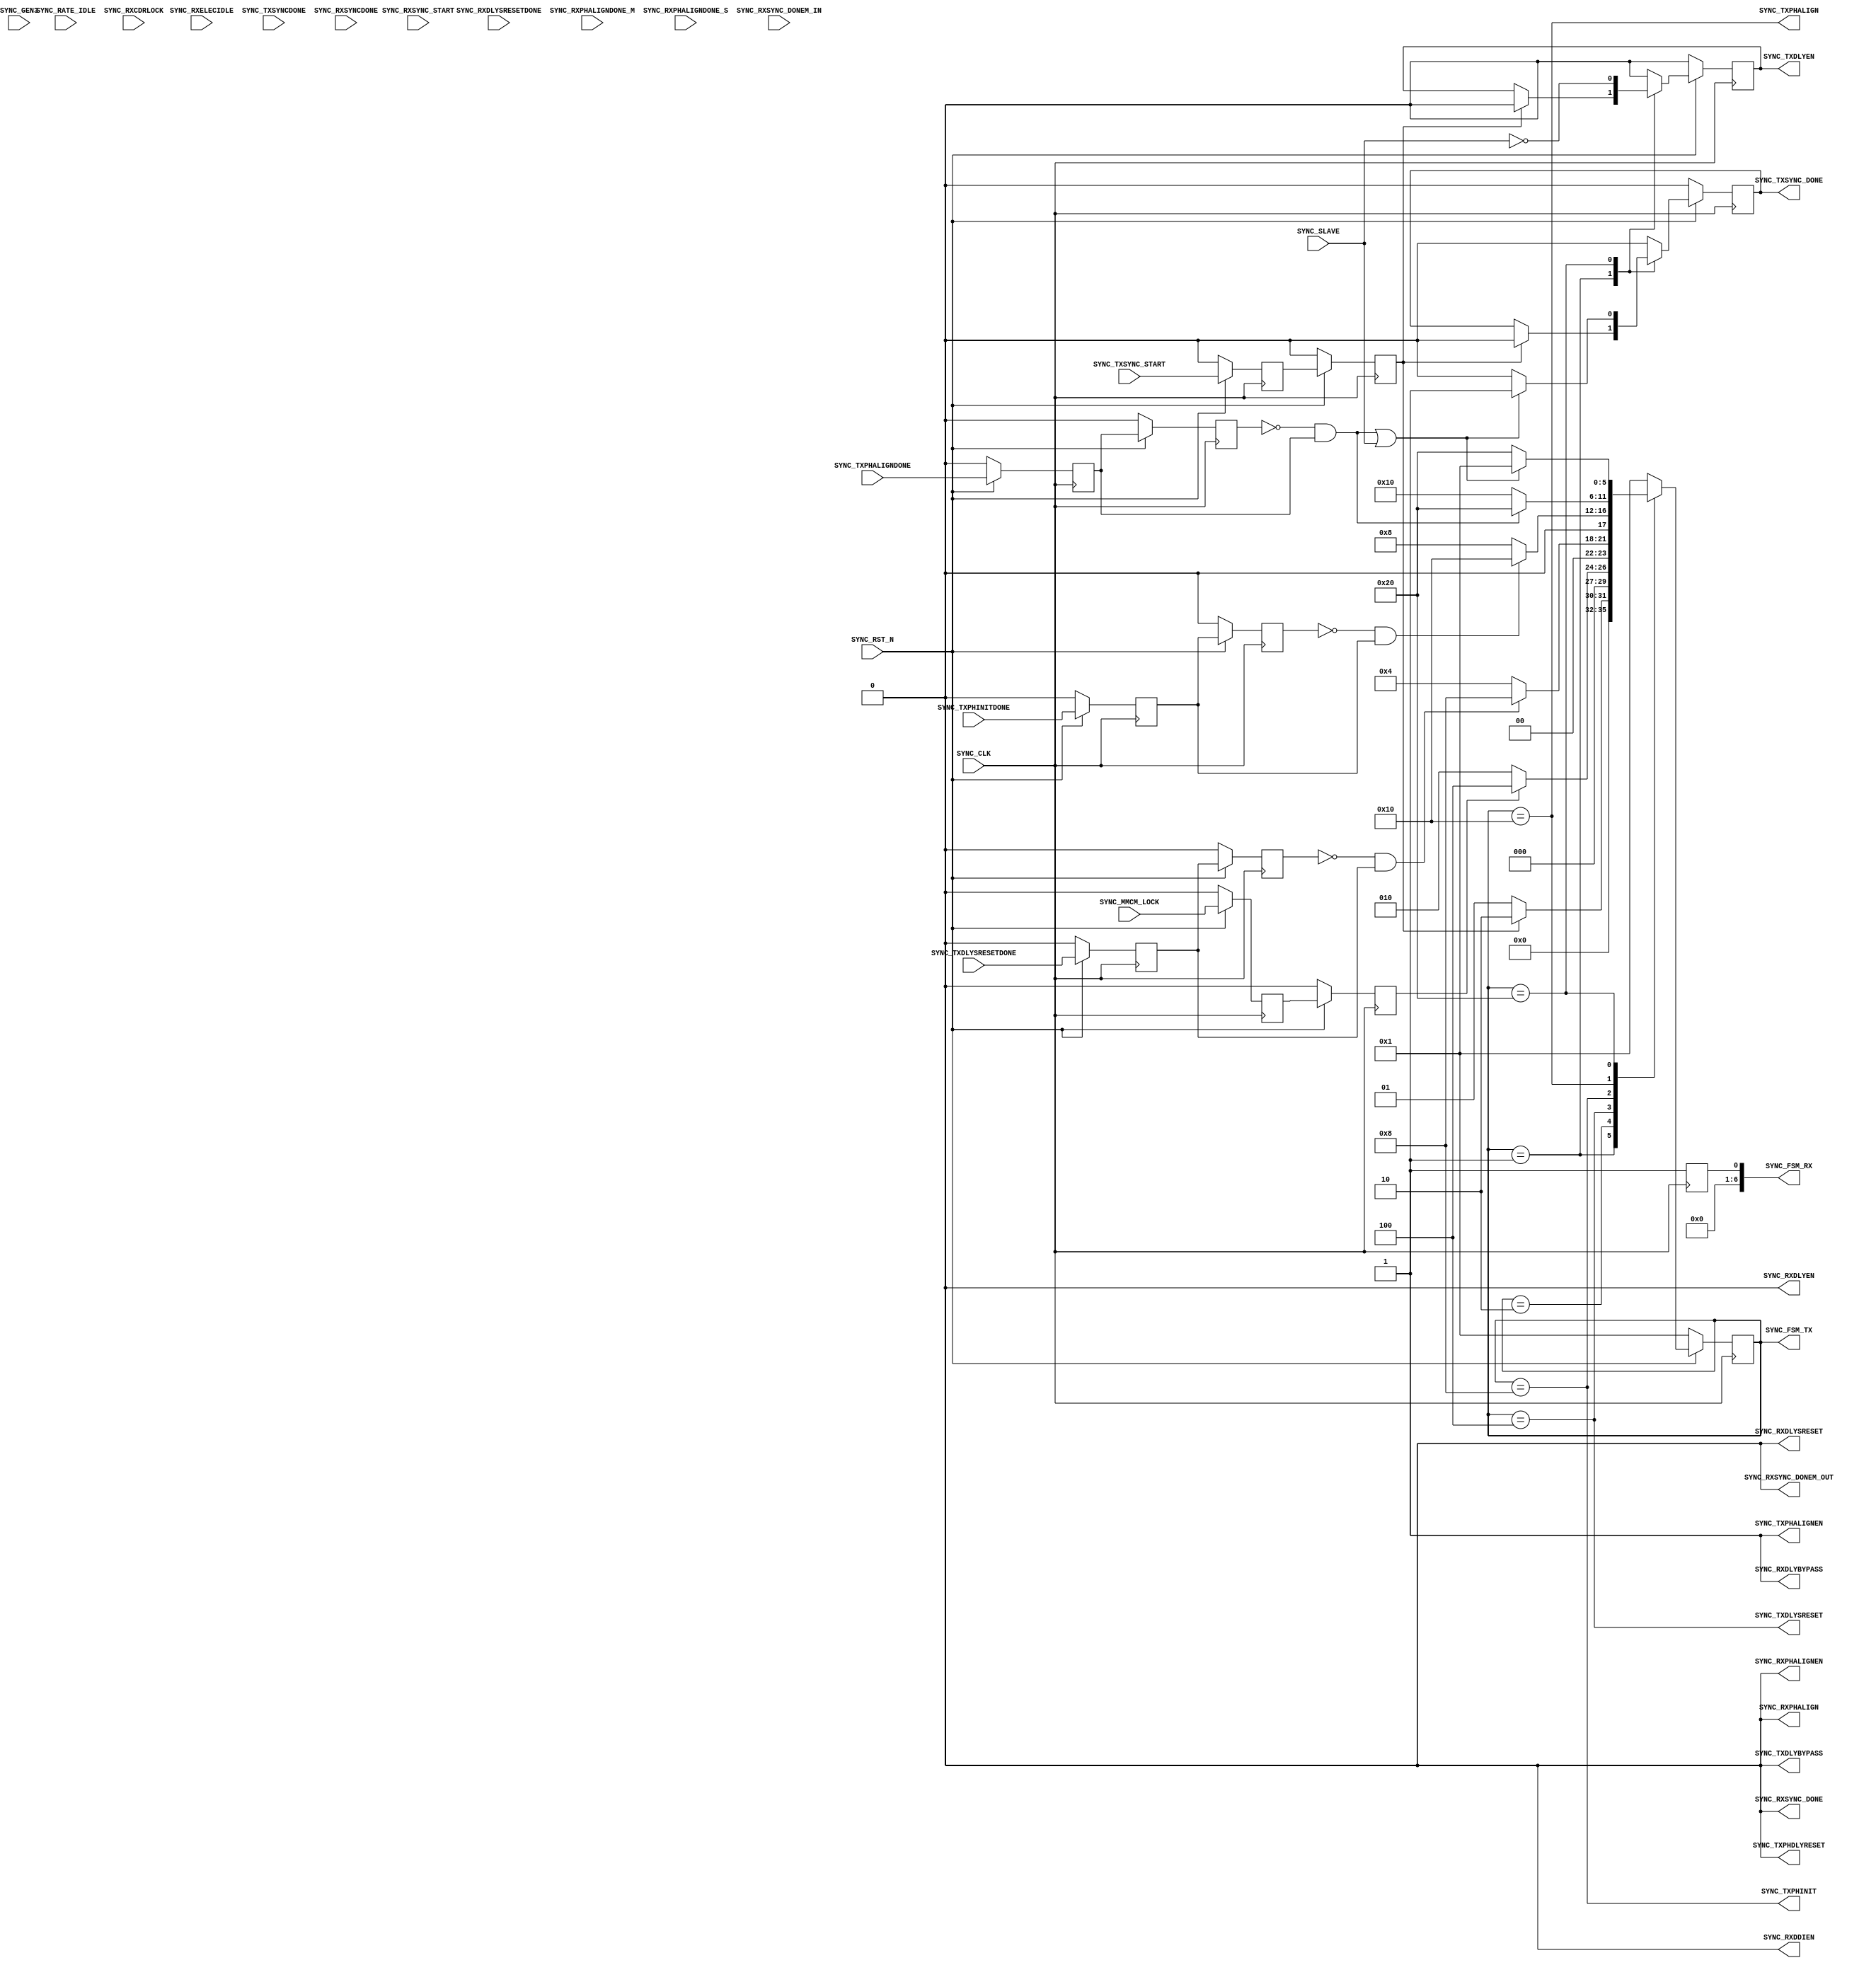
//-----------------------------------------------------------------------------
//
// (c) Copyright 2010-2011 Xilinx, Inc. All rights reserved.
//
// This file contains confidential and proprietary information
// of Xilinx, Inc. and is protected under U.S. and
// international copyright and other intellectual property
// laws.
//
// DISCLAIMER
// This disclaimer is not a license and does not grant any
// rights to the materials distributed herewith. Except as
// otherwise provided in a valid license issued to you by
// Xilinx, and to the maximum extent permitted by applicable
// law: (1) THESE MATERIALS ARE MADE AVAILABLE "AS IS" AND
// WITH ALL FAULTS, AND XILINX HEREBY DISCLAIMS ALL WARRANTIES
// AND CONDITIONS, EXPRESS, IMPLIED, OR STATUTORY, INCLUDING
// BUT NOT LIMITED TO WARRANTIES OF MERCHANTABILITY, NON-
// INFRINGEMENT, OR FITNESS FOR ANY PARTICULAR PURPOSE; and
// (2) Xilinx shall not be liable (whether in contract or tort,
// including negligence, or under any other theory of
// liability) for any loss or damage of any kind or nature
// related to, arising under or in connection with these
// materials, including for any direct, or any indirect,
// special, incidental, or consequential loss or damage
// (including loss of data, profits, goodwill, or any type of
// loss or damage suffered as a result of any action brought
// by a third party) even if such damage or loss was
// reasonably foreseeable or Xilinx had been advised of the
// possibility of the same.
//
// CRITICAL APPLICATIONS
// Xilinx products are not designed or intended to be fail-
// safe, or for use in any application requiring fail-safe
// performance, such as life-support or safety devices or
// systems, Class III medical devices, nuclear facilities,
// applications related to the deployment of airbags, or any
// other applications that could lead to death, personal
// injury, or severe property or environmental damage
// (individually and collectively, "Critical
// Applications"). Customer assumes the sole risk and
// liability of any use of Xilinx products in Critical
// Applications, subject only to applicable laws and
// regulations governing limitations on product liability.
//
// THIS COPYRIGHT NOTICE AND DISCLAIMER MUST BE RETAINED AS
// PART OF THIS FILE AT ALL TIMES.
//
//-----------------------------------------------------------------------------
// Project    : Series-7 Integrated Block for PCI Express
// Version    : 1.6
//------------------------------------------------------------------------------
//  Description  :  PIPE Sync Module for 7 Series Transceiver
//  Version      :  11.1
//------------------------------------------------------------------------------
//  PCIE_TXSYNC_MODE  : 0 = Manual TX sync (default).
//                    : 1 = Auto TX sync.
//  PCIE_RXSYNC_MODE  : 0 = Manual RX sync (default).
//                    : 1 = Auto RX sync.
//------------------------------------------------------------------------------



`timescale 1ns / 1ps



//---------- PIPE Sync Module --------------------------------------------------
module axi_pcie_v1_08_a_pcie_7x_v1_6_pipe_sync_ies #
(

    parameter PCIE_GT_DEVICE       = "GTX",                 // PCIe GT device
    parameter PCIE_TXBUF_EN        = "FALSE",               // PCIe TX buffer enable for Gen1/Gen2 only
    parameter PCIE_RXBUF_EN        = "TRUE",                // PCIe TX buffer enable for Gen3      only
    parameter PCIE_TXSYNC_MODE     = 0,                     // PCIe TX sync mode
    parameter PCIE_RXSYNC_MODE     = 0,                     // PCIe RX sync mode
    parameter PCIE_LANE            = 1,                     // PCIe lane
    parameter PCIE_LINK_SPEED      = 3,                     // PCIe link speed
    parameter BYPASS_TXDELAY_ALIGN = 0,                     // Bypass TX delay align
    parameter BYPASS_RXDELAY_ALIGN = 0                      // Bypass RX delay align

)

(

    //---------- Input -------------------------------------
    input               SYNC_CLK,
    input               SYNC_RST_N,
    input               SYNC_SLAVE,
    input               SYNC_GEN3,
    input               SYNC_RATE_IDLE,
    input               SYNC_MMCM_LOCK,
    input               SYNC_RXELECIDLE,
    input               SYNC_RXCDRLOCK,

    input               SYNC_TXSYNC_START,
    input               SYNC_TXPHINITDONE,
    input               SYNC_TXDLYSRESETDONE,
    input               SYNC_TXPHALIGNDONE,
    input               SYNC_TXSYNCDONE,

    input               SYNC_RXSYNC_START,
    input               SYNC_RXDLYSRESETDONE,
    input               SYNC_RXPHALIGNDONE_M,
    input               SYNC_RXPHALIGNDONE_S,
    input               SYNC_RXSYNC_DONEM_IN,
    input               SYNC_RXSYNCDONE,

    //---------- Output ------------------------------------
    output              SYNC_TXPHDLYRESET,
    output              SYNC_TXPHALIGN,
    output              SYNC_TXPHALIGNEN,
    output              SYNC_TXPHINIT,
    output              SYNC_TXDLYBYPASS,
    output              SYNC_TXDLYSRESET,
    output              SYNC_TXDLYEN,
    output              SYNC_TXSYNC_DONE,
    output    [ 5:0]    SYNC_FSM_TX,

    output              SYNC_RXPHALIGN,
    output              SYNC_RXPHALIGNEN,
    output              SYNC_RXDLYBYPASS,
    output              SYNC_RXDLYSRESET,
    output              SYNC_RXDLYEN,
    output              SYNC_RXDDIEN,
    output              SYNC_RXSYNC_DONEM_OUT,
    output              SYNC_RXSYNC_DONE,
    output    [ 6:0]    SYNC_FSM_RX

);

    //---------- Input Register ----------------------------
    reg                 gen3_reg1;
    reg                 rate_idle_reg1;
    reg			              mmcm_lock_reg1;
    reg                 rxelecidle_reg1;
    reg                 rxcdrlock_reg1;

    reg                 gen3_reg2;
    reg                 rate_idle_reg2;
    reg				             mmcm_lock_reg2;
    reg                 rxelecidle_reg2;
    reg                 rxcdrlock_reg2;

    reg					            txsync_start_reg1;
    reg                 txphinitdone_reg1;
    reg                 txdlysresetdone_reg1;
    reg                 txphaligndone_reg1;
    reg                 txsyncdone_reg1;

    reg                 txsync_start_reg2;
    reg                 txphinitdone_reg2;
    reg                 txdlysresetdone_reg2;
    reg                 txphaligndone_reg2;
    reg                 txsyncdone_reg2;

    reg					            rxsync_start_reg1;
    reg                 rxdlysresetdone_reg1;
    reg                 rxphaligndone_m_reg1;
    reg                 rxphaligndone_s_reg1;
    reg                 rxsync_donem_reg1;
    reg                 rxsyncdone_reg1;

    reg					            rxsync_start_reg2;
    reg                 rxdlysresetdone_reg2;
    reg                 rxphaligndone_m_reg2;
    reg                 rxphaligndone_s_reg2;
    reg                 rxsync_donem_reg2;
    reg                 rxsyncdone_reg2;

    //---------- Output Register ---------------------------
    reg                 txdlyen     = 1'd0;
    reg                 txsync_done = 1'd0;
    reg         [ 5:0]  fsm_tx      = 6'd0;

    reg                 rxdlyen     = 1'd0;
    reg                 rxsync_done = 1'd0;
    reg	        [ 6:0]	 fsm_rx      = 7'd0;

    //---------- FSM ---------------------------------------
    localparam          FSM_TXSYNC_IDLE  = 6'b000001;
    localparam          FSM_MMCM_LOCK    = 6'b000010;
    localparam          FSM_TXSYNC_START = 6'b000100;
    localparam          FSM_TXPHINITDONE = 6'b001000;       // Manual TX sync only
    localparam          FSM_TXSYNC_DONE1 = 6'b010000;
    localparam          FSM_TXSYNC_DONE2 = 6'b100000;

    localparam          FSM_RXSYNC_IDLE  = 7'b0000001;
    localparam          FSM_RXCDRLOCK    = 7'b0000010;
    localparam          FSM_RXSYNC_START = 7'b0000100;
    localparam          FSM_RXSYNC_DONE1 = 7'b0001000;
    localparam          FSM_RXSYNC_DONE2 = 7'b0010000;
    localparam          FSM_RXSYNC_DONES = 7'b0100000;
    localparam          FSM_RXSYNC_DONEM = 7'b1000000;



//---------- Input FF ----------------------------------------------------------
always @ (posedge SYNC_CLK)
begin

    if (!SYNC_RST_N)
        begin
        //---------- 1st Stage FF --------------------------
        gen3_reg1            <= 1'd0;
        rate_idle_reg1       <= 1'd0;
        mmcm_lock_reg1       <= 1'd0;
        rxelecidle_reg1      <= 1'd0;
		      rxcdrlock_reg1 	     <= 1'd0;

	       txsync_start_reg1	   <= 1'd0;
		      txphinitdone_reg1    <= 1'd0;
        txdlysresetdone_reg1 <= 1'd0;
        txphaligndone_reg1   <= 1'd0;
        txsyncdone_reg1      <= 1'd0;

        rxsync_start_reg1	   <= 1'd0;
        rxdlysresetdone_reg1 <= 1'd0;
        rxphaligndone_m_reg1 <= 1'd0;
        rxphaligndone_s_reg1 <= 1'd0;
        rxsync_donem_reg1    <= 1'd0;
        rxsyncdone_reg1      <= 1'd0;
        //---------- 2nd Stage FF --------------------------
        gen3_reg2            <= 1'd0;
        rate_idle_reg2       <= 1'd0;
        mmcm_lock_reg2       <= 1'd0;
        rxelecidle_reg2      <= 1'd0;
		      rxcdrlock_reg2 	     <= 1'd0;

        txsync_start_reg2	   <= 1'd0;
		      txphinitdone_reg2    <= 1'd0;
        txdlysresetdone_reg2 <= 1'd0;
        txphaligndone_reg2   <= 1'd0;
        txsyncdone_reg2      <= 1'd0;

        rxsync_start_reg2	   <= 1'd0;
        rxdlysresetdone_reg2 <= 1'd0;
        rxphaligndone_m_reg2 <= 1'd0;
        rxphaligndone_s_reg2 <= 1'd0;
        rxsync_donem_reg2    <= 1'd0;
        rxsyncdone_reg2      <= 1'd0;
        end
    else
        begin
        //---------- 1st Stage FF --------------------------
        gen3_reg1            <= SYNC_GEN3;
        rate_idle_reg1       <= SYNC_RATE_IDLE;
        mmcm_lock_reg1       <= SYNC_MMCM_LOCK;
        rxelecidle_reg1      <= SYNC_RXELECIDLE;
	       rxcdrlock_reg1	      <= SYNC_RXCDRLOCK;

	       txsync_start_reg1    <= SYNC_TXSYNC_START;
		      txphinitdone_reg1    <= SYNC_TXPHINITDONE;
        txdlysresetdone_reg1 <= SYNC_TXDLYSRESETDONE;
        txphaligndone_reg1   <= SYNC_TXPHALIGNDONE;
        txsyncdone_reg1      <= SYNC_TXSYNCDONE;

        rxsync_start_reg1	   <= SYNC_RXSYNC_START;
        rxdlysresetdone_reg1 <= SYNC_RXDLYSRESETDONE;
        rxphaligndone_m_reg1 <= SYNC_RXPHALIGNDONE_M;
        rxphaligndone_s_reg1 <= SYNC_RXPHALIGNDONE_S;
        rxsync_donem_reg1    <= SYNC_RXSYNC_DONEM_IN;
        rxsyncdone_reg1      <= SYNC_RXSYNCDONE;
        //---------- 2nd Stage FF --------------------------
        gen3_reg2            <= gen3_reg1;
        rate_idle_reg2       <= rate_idle_reg1;
        mmcm_lock_reg2       <= mmcm_lock_reg1;
        rxelecidle_reg2      <= rxelecidle_reg1;
        rxcdrlock_reg2       <= rxcdrlock_reg1;

        txsync_start_reg2    <= txsync_start_reg1;
        txphinitdone_reg2    <= txphinitdone_reg1;
        txdlysresetdone_reg2 <= txdlysresetdone_reg1;
        txphaligndone_reg2   <= txphaligndone_reg1;
        txsyncdone_reg2      <= txsyncdone_reg1;

        rxsync_start_reg2    <= rxsync_start_reg1;
        rxdlysresetdone_reg2 <= rxdlysresetdone_reg1;
        rxphaligndone_m_reg2 <= rxphaligndone_m_reg1;
        rxphaligndone_s_reg2 <= rxphaligndone_s_reg1;
        rxsync_donem_reg2    <= rxsync_donem_reg1;
        rxsyncdone_reg2      <= rxsyncdone_reg1;
        end

end



//---------- Generate TX Sync FSM ----------------------------------------------
generate if ((PCIE_LINK_SPEED == 3) || (PCIE_TXBUF_EN == "FALSE"))

    begin : txsync_fsm

    //---------- PIPE TX Sync FSM ----------------------------------------------
    always @ (posedge SYNC_CLK)
    begin

        if (!SYNC_RST_N)
            begin
            fsm_tx      <= FSM_TXSYNC_IDLE;
            txdlyen     <= 1'd0;
            txsync_done <= 1'd0;
            end
        else
            begin

            case (fsm_tx)

            //---------- Idle State ------------------------
            FSM_TXSYNC_IDLE :

                begin
                //---------- Exiting Reset or Rate Change --
                if (txsync_start_reg2)
                    begin
                    fsm_tx      <= FSM_MMCM_LOCK;
                    txdlyen     <= 1'd0;
                    txsync_done <= 1'd0;
                    end
                else
                    begin
                    fsm_tx      <= FSM_TXSYNC_IDLE;
                    txdlyen     <= txdlyen;
                    txsync_done <= txsync_done;
                    end
                end

            //---------- Check MMCM Lock -------------------
            FSM_MMCM_LOCK :

                begin
                fsm_tx      <= (mmcm_lock_reg2 ? FSM_TXSYNC_START : FSM_MMCM_LOCK);
                txdlyen     <= 1'd0;
                txsync_done <= 1'd0;
                end

            //---------- TX Delay Soft Reset ---------------
            FSM_TXSYNC_START :

                begin
                fsm_tx      <= (((!txdlysresetdone_reg2 && txdlysresetdone_reg1) || ((PCIE_GT_DEVICE == "GTH") && (PCIE_TXSYNC_MODE == 1) && SYNC_SLAVE)) ? FSM_TXPHINITDONE : FSM_TXSYNC_START);
                txdlyen     <= 1'd0;
                txsync_done <= 1'd0;
                end

            //---------- Wait for TX Phase Init Done (Manual Mode Only)
            FSM_TXPHINITDONE :

                begin
                fsm_tx      <= (((!txphinitdone_reg2 && txphinitdone_reg1) || (PCIE_TXSYNC_MODE == 1)) ? FSM_TXSYNC_DONE1 : FSM_TXPHINITDONE);
                txdlyen     <= 1'd0;
                txsync_done <= 1'd0;
                end

            //---------- Wait for TX Phase Alignment Done --
            FSM_TXSYNC_DONE1 :

                begin
                if ((PCIE_GT_DEVICE == "GTH") && (PCIE_TXSYNC_MODE == 1) && !SYNC_SLAVE)
                   fsm_tx <= ((!txsyncdone_reg2 && txsyncdone_reg1) ? FSM_TXSYNC_DONE2 : FSM_TXSYNC_DONE1);
                else
                   fsm_tx <= ((!txphaligndone_reg2 && txphaligndone_reg1) ? FSM_TXSYNC_DONE2 : FSM_TXSYNC_DONE1);

                txdlyen     <= 1'd0;
                txsync_done <= 1'd0;
                end

            //---------- Wait for Master TX Delay Alignment Done
            FSM_TXSYNC_DONE2 :

                begin
                if ((!txphaligndone_reg2 && txphaligndone_reg1) || SYNC_SLAVE || ((PCIE_GT_DEVICE == "GTH") && (PCIE_TXSYNC_MODE == 1)) || (BYPASS_TXDELAY_ALIGN == 1))
                    begin
                    fsm_tx      <= FSM_TXSYNC_IDLE;
                    txdlyen     <= !SYNC_SLAVE;
                    txsync_done <= 1'd1;
                    end
                else
                    begin
                    fsm_tx      <= FSM_TXSYNC_DONE2;
                    txdlyen     <= !SYNC_SLAVE;
                    txsync_done <= 1'd0;
                    end
                end

            //---------- Default State ---------------------
            default :
                begin
                fsm_tx      <= FSM_TXSYNC_IDLE;
                txdlyen     <= 1'd0;
                txsync_done <= 1'd0;
                end

            endcase

            end

    end

    end

//---------- TX Sync FSM Default------------------------------------------------
else

    begin : txsync_fsm_disable

    //---------- Default -------------------------------------------------------
    always @ (posedge SYNC_CLK)
    begin
        fsm_tx      <= FSM_TXSYNC_IDLE;
        txdlyen     <= 1'd0;
        txsync_done <= 1'd0;
    end

    end

endgenerate



//---------- Generate RX Sync FSM ----------------------------------------------
generate if ((PCIE_LINK_SPEED == 3) && (PCIE_RXBUF_EN == "FALSE"))

    begin : rxsync_fsm

    //---------- PIPE RX Sync FSM ----------------------------------------------
    always @ (posedge SYNC_CLK)
    begin

        if (!SYNC_RST_N)
            begin
            fsm_rx      <= FSM_RXSYNC_IDLE;
            rxdlyen     <= 1'd0;
            rxsync_done <= 1'd0;
            end
        else
            begin

            case (fsm_rx)

            //---------- Idle State ------------------------
            FSM_RXSYNC_IDLE :

                begin
                //---------- Exiting Rate Change -----------
                if (rxsync_start_reg2)
                    begin
                    fsm_rx      <= FSM_RXCDRLOCK;
                    rxdlyen     <= 1'd0;
                    rxsync_done <= 1'd0;
                    end
                //---------- Exiting Electrical Idle without Rate Change
                else if (gen3_reg2 && rate_idle_reg2 && ((rxelecidle_reg2 == 1'd1) && (rxelecidle_reg1 == 1'd0)))
                    begin
                    fsm_rx      <= FSM_RXCDRLOCK;
                    rxdlyen     <= 1'd0;
                    rxsync_done <= 1'd0;
                    end
                //---------- Idle --------------------------
                else
                    begin
                    fsm_rx      <= FSM_RXSYNC_IDLE;
                    rxdlyen     <= rxelecidle_reg2 ? 1'd0 : rxdlyen;
                    rxsync_done <= rxelecidle_reg2 ? 1'd0 : rxsync_done;
                    end
                end

            //---------- Wait for RX Electrical Idle Exit and RX CDR Lock
            FSM_RXCDRLOCK :

                begin
                fsm_rx      <= ((!rxelecidle_reg2 && rxcdrlock_reg2) ? FSM_RXSYNC_START : FSM_RXCDRLOCK);
                rxdlyen     <= 1'd0;
                rxsync_done <= 1'd0;
                end

            //---------- Start RX Sync with RX Delay Soft Reset
            FSM_RXSYNC_START :

                begin
                fsm_rx      <= ((!rxdlysresetdone_reg2 && rxdlysresetdone_reg1) ? FSM_RXSYNC_DONE1 : FSM_RXSYNC_START);
                rxdlyen     <= 1'd0;
                rxsync_done <= 1'd0;
                end

            //---------- Wait for RX Phase Alignment Done --
            FSM_RXSYNC_DONE1 :

                begin
                if (SYNC_SLAVE)
                    begin
                    fsm_rx      <= ((!rxphaligndone_s_reg2 && rxphaligndone_s_reg1) ? FSM_RXSYNC_DONE2 : FSM_RXSYNC_DONE1);
                    rxdlyen     <= 1'd0;
                    rxsync_done <= 1'd0;
                    end
                else
                    begin
                    fsm_rx      <= ((!rxphaligndone_m_reg2 && rxphaligndone_m_reg1) ? FSM_RXSYNC_DONE2 : FSM_RXSYNC_DONE1);
                    rxdlyen     <= 1'd0;
                    rxsync_done <= 1'd0;
                    end
                end

            //---------- Wait for Master RX Delay Alignment Done
            FSM_RXSYNC_DONE2 :

                begin
                if (SYNC_SLAVE)
                    begin
                    fsm_rx      <= FSM_RXSYNC_IDLE;
                    rxdlyen     <= 1'd0;
                    rxsync_done <= 1'd1;
                    end
                else if ((!rxphaligndone_m_reg2 && rxphaligndone_m_reg1) || (BYPASS_RXDELAY_ALIGN == 1))
                    begin
                    fsm_rx      <= ((PCIE_LANE == 1) ? FSM_RXSYNC_IDLE : FSM_RXSYNC_DONES);
                    rxdlyen     <=  (PCIE_LANE == 1);
                    rxsync_done <=  (PCIE_LANE == 1);
                    end
                else
                    begin
                    fsm_rx      <= FSM_RXSYNC_DONE2;
                    rxdlyen     <= 1'd1;
                    rxsync_done <= 1'd0;
                    end
                end

            //---------- Wait for Slave RX Phase Alignment Done
            FSM_RXSYNC_DONES :

                begin
                if (!rxphaligndone_s_reg2 && rxphaligndone_s_reg1)
                    begin
                    fsm_rx      <= FSM_RXSYNC_DONEM;
                    rxdlyen     <= 1'd1;
                    rxsync_done <= 1'd0;
                    end
                else
                    begin
                    fsm_rx      <= FSM_RXSYNC_DONES;
                    rxdlyen     <= 1'd0;
                    rxsync_done <= 1'd0;
                    end
                end

            //---------- Wait for Master RX Delay Alignment Done
            FSM_RXSYNC_DONEM :

                begin
                if ((!rxphaligndone_m_reg2 && rxphaligndone_m_reg1) || (BYPASS_RXDELAY_ALIGN == 1))
                    begin
                    fsm_rx      <= FSM_RXSYNC_IDLE;
                    rxdlyen     <= 1'd1;
                    rxsync_done <= 1'd1;
                    end
                else
                    begin
                    fsm_rx      <= FSM_RXSYNC_DONEM;
                    rxdlyen     <= 1'd1;
                    rxsync_done <= 1'd0;
                    end
                end

            //---------- Default State ---------------------
            default :
                begin
                fsm_rx      <= FSM_RXSYNC_IDLE;
                rxdlyen     <= 1'd0;
                rxsync_done <= 1'd0;
                end

        	   endcase

            end

    end

    end

//---------- RX Sync FSM Default -----------------------------------------------
else

    begin : rxsync_fsm_disable

    //---------- Default -------------------------------------------------------
    always @ (posedge SYNC_CLK)
    begin
        fsm_rx      <= FSM_RXSYNC_IDLE;
        rxdlyen     <= 1'd0;
        rxsync_done <= 1'd0;
    end

    end

endgenerate



//---------- PIPE Sync Output --------------------------------------------------
assign SYNC_TXPHALIGNEN      = ((PCIE_TXSYNC_MODE == 1) || (!gen3_reg2 && (PCIE_TXBUF_EN == "TRUE"))) ? 1'd0 : 1'd1;
assign SYNC_TXDLYBYPASS      = 1'd0;
assign SYNC_TXDLYSRESET      = !((PCIE_GT_DEVICE == "GTH") && (PCIE_TXSYNC_MODE == 1) && SYNC_SLAVE) ? (fsm_tx == FSM_TXSYNC_START) : 1'd0;
assign SYNC_TXPHDLYRESET     =  ((PCIE_GT_DEVICE == "GTH") && (PCIE_TXSYNC_MODE == 1) && SYNC_SLAVE) ? (fsm_tx == FSM_TXSYNC_START) : 1'd0;
assign SYNC_TXPHINIT         = PCIE_TXSYNC_MODE ? 1'd0 : (fsm_tx == FSM_TXPHINITDONE);
assign SYNC_TXPHALIGN        = PCIE_TXSYNC_MODE ? 1'd0 : (fsm_tx == FSM_TXSYNC_DONE1);
assign SYNC_TXDLYEN          = PCIE_TXSYNC_MODE ? 1'd0 : txdlyen;
assign SYNC_TXSYNC_DONE      = txsync_done;
assign SYNC_FSM_TX           = fsm_tx;

assign SYNC_RXPHALIGNEN      = ((PCIE_RXSYNC_MODE == 1) || (!gen3_reg2) || (PCIE_RXBUF_EN == "TRUE")) ? 1'd0 : 1'd1;
assign SYNC_RXDLYBYPASS      = !gen3_reg2 || (PCIE_RXBUF_EN == "TRUE");
assign SYNC_RXDLYSRESET      = (fsm_rx == FSM_RXSYNC_START);
assign SYNC_RXPHALIGN        = PCIE_RXSYNC_MODE ? 1'd0 : (!SYNC_SLAVE ? (fsm_rx == FSM_RXSYNC_DONE1) : (rxsync_donem_reg2 && (fsm_rx == FSM_RXSYNC_DONE1)));
assign SYNC_RXDLYEN          = PCIE_RXSYNC_MODE ? 1'd0 : rxdlyen;
assign SYNC_RXDDIEN          = gen3_reg2 && (PCIE_RXBUF_EN == "FALSE");
assign SYNC_RXSYNC_DONE      = rxsync_done;
assign SYNC_RXSYNC_DONEM_OUT = (fsm_rx == FSM_RXSYNC_DONES);
assign SYNC_FSM_RX	    	     = fsm_rx;



endmodule